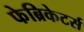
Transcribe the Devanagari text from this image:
फेब्रिकेटर्स